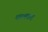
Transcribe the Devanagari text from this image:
पल्लकड